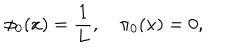
\phi _ { 0 } ( x ) = \displaystyle \frac { 1 } { L } , \quad \pi _ { 0 } ( x ) = 0 ,